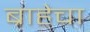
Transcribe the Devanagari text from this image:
ब्राहेचा